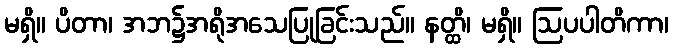
မရှိ။ ပိတာ၊ အဘ၌အရိုအသေပြုခြင်းသည်။ နတ္ထိ၊ မရှိ။ ဩပပါတိကာ၊